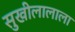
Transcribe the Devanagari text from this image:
सुखीलालाला